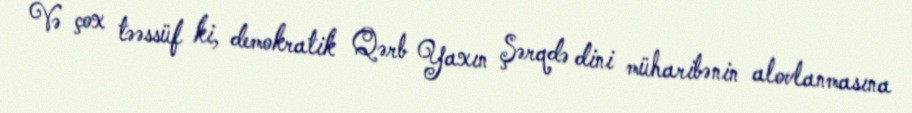
Və çox təəssüf ki, demokratik Qərb Yaxın Şərqdə dini müharibənin alovlanmasına